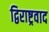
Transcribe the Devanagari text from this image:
द्विराष्ट्रवाद